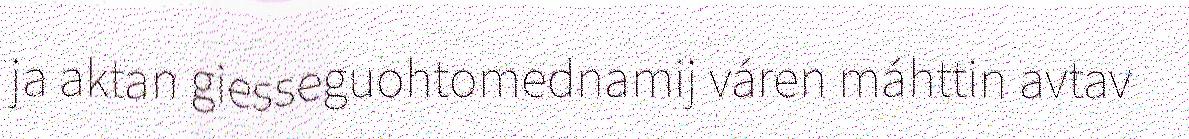
ja aktan giesseguohtomednamij váren máhttin avtav